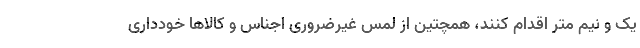
یک و نیم متر اقدام کنند، همچتین از لمس غیرضروری اجناس و کالاها خودداری